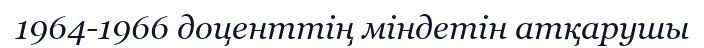
1964-1966 доценттің міндетін атқарушы